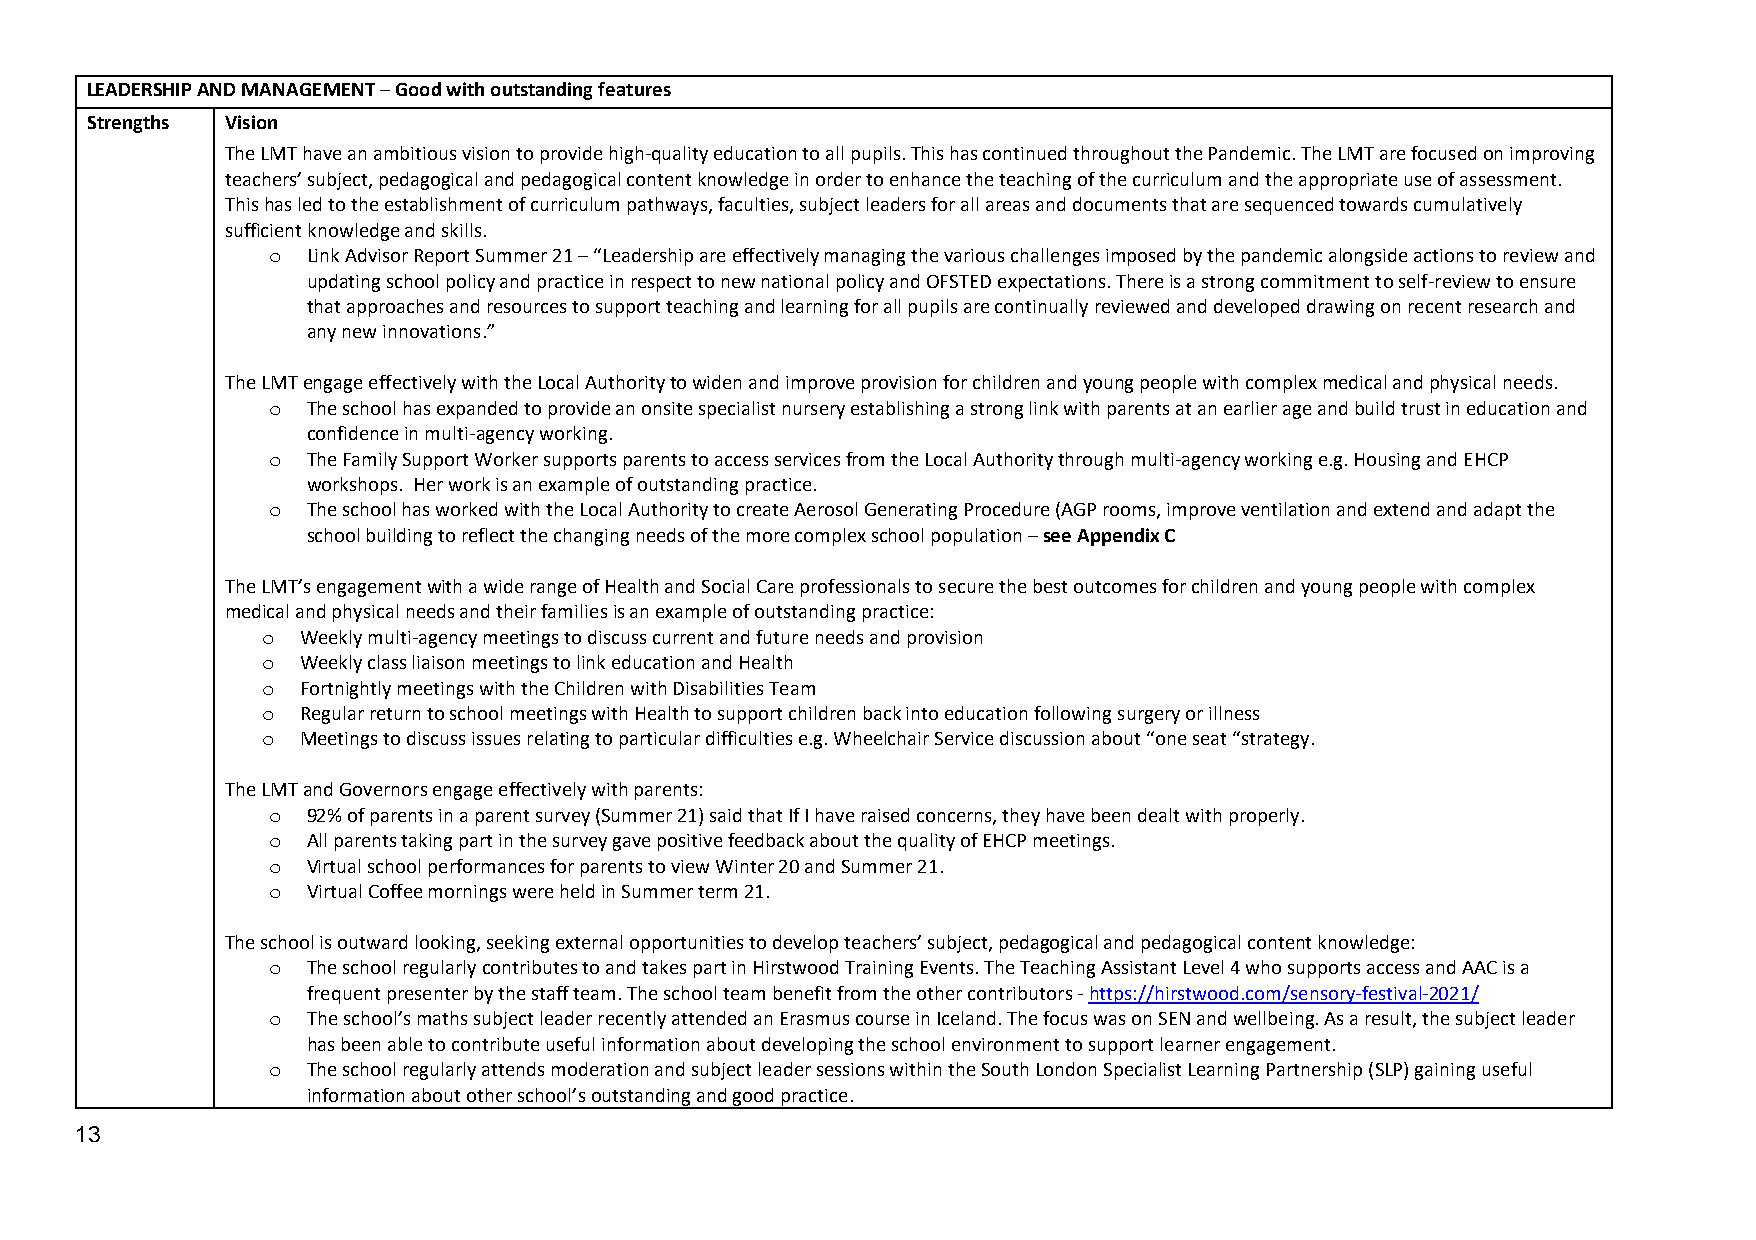
LEADERSHIP AND MANAGEMENT – Good with outstanding features
 Strengths Vision
 The LMT have an ambitious vision to provide high-quality education to all pupils. This has continued throughout the Pandemic. The LMT are focused on improving
 teachers’ subject, pedagogical and pedagogical content knowledge in order to enhance the teaching of the curriculum and the appropriate use of assessment.
 This has led to the establishment of curriculum pathways, faculties, subject leaders for all areas and documents that are sequenced towards cumulatively
 sufficient knowledge and skills.
 o Link Advisor Report Summer 21 – “Leadership are effectively managing the various challenges imposed by the pandemic alongside actions to review and
 updating school policy and practice in respect to new national policy and OFSTED expectations. There is a strong commitment to self-review to ensure
 that approaches and resources to support teaching and learning for all pupils are continually reviewed and developed drawing on recent research and
 any new innovations.”
 The LMT engage effectively with the Local Authority to widen and improve provision for children and young people with complex medical and physical needs.
 o The school has expanded to provide an onsite specialist nursery establishing a strong link with parents at an earlier age and build trust in education and
 confidence in multi-agency working.
 o The Family Support Worker supports parents to access services from the Local Authority through multi-agency working e.g. Housing and EHCP
 workshops. Her work is an example of outstanding practice.
 o The school has worked with the Local Authority to create Aerosol Generating Procedure (AGP rooms, improve ventilation and extend and adapt the
 school building to reflect the changing needs of the more complex school population – see Appendix C
 The LMT’s engagement with a wide range of Health and Social Care professionals to secure the best outcomes for children and young people with complex
 medical and physical needs and their families is an example of outstanding practice:
 o  Weekly multi-agency meetings to discuss current and future needs and provision
 o  Weekly class liaison meetings to link education and Health
 o  Fortnightly meetings with the Children with Disabilities Team
 o  Regular return to school meetings with Health to support children back into education following surgery or illness
 o  Meetings to discuss issues relating to particular difficulties e.g. Wheelchair Service discussion about “one seat “strategy.
 The LMT and Governors engage effectively with parents:
 o 92% of parents in a parent survey (Summer 21) said that If I have raised concerns, they have been dealt with properly.
 o All parents taking part in the survey gave positive feedback about the quality of EHCP meetings.
 o Virtual school performances for parents to view Winter 20 and Summer 21.
 o Virtual Coffee mornings were held in Summer term 21.
 The school is outward looking, seeking external opportunities to develop teachers’ subject, pedagogical and pedagogical content knowledge:
 o The school regularly contributes to and takes part in Hirstwood Training Events. The Teaching Assistant Level 4 who supports access and AAC is a
 frequent presenter by the staff team. The school team benefit from the other contributors - https://hirstwood.com/sensory-festival-2021/
 o The school’s maths subject leader recently attended an Erasmus course in Iceland. The focus was on SEN and wellbeing. As a result, the subject leader
 has been able to contribute useful information about developing the school environment to support learner engagement.
 o The school regularly attends moderation and subject leader sessions within the South London Specialist Learning Partnership (SLP) gaining useful
 information about other school’s outstanding and good practice.
 13